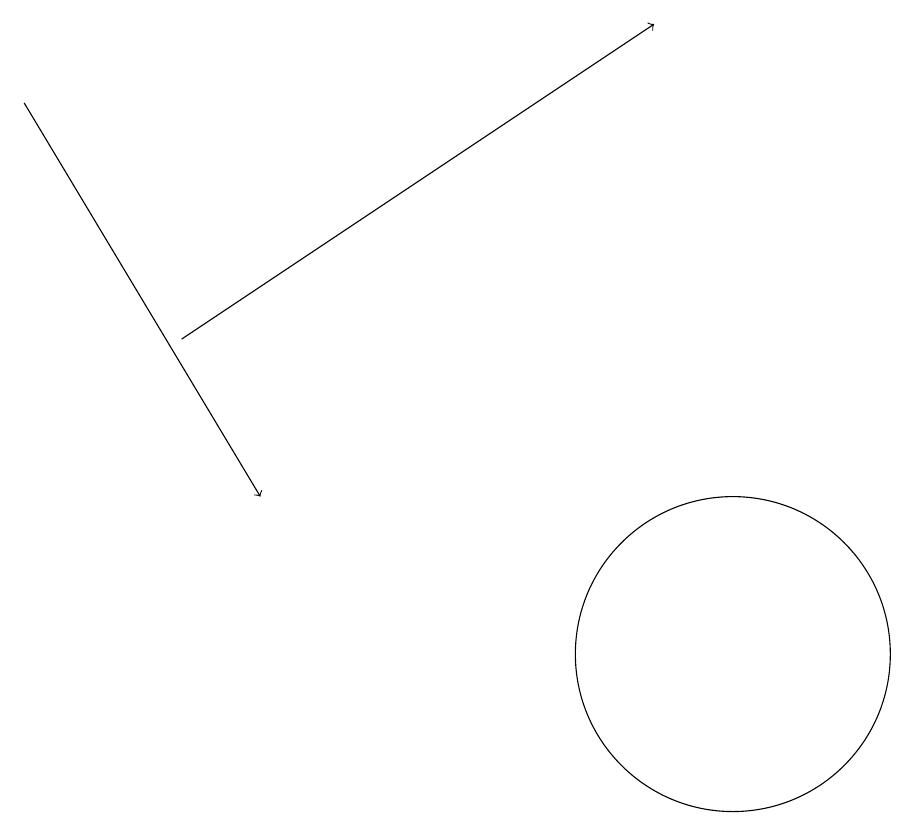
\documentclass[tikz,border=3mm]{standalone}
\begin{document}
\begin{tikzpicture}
\draw[->] (3,15) -- (9,19);
\draw (10,11) circle (2);
\draw[->] (1,18) -- (4,13);
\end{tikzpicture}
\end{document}